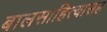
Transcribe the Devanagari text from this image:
बालसाहित्यासह